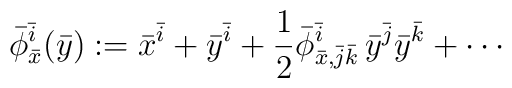
\bar\phi_{\bar x}^{\bar i}(\bar y) :=\bar x^{\bar i} + \bar y^{\bar i} + \frac 12\bar\phi_{\bar x,\bar j\bar k}^{\bar i}\,\bar y^{\bar j}\bar y^{\bar k}+\cdots